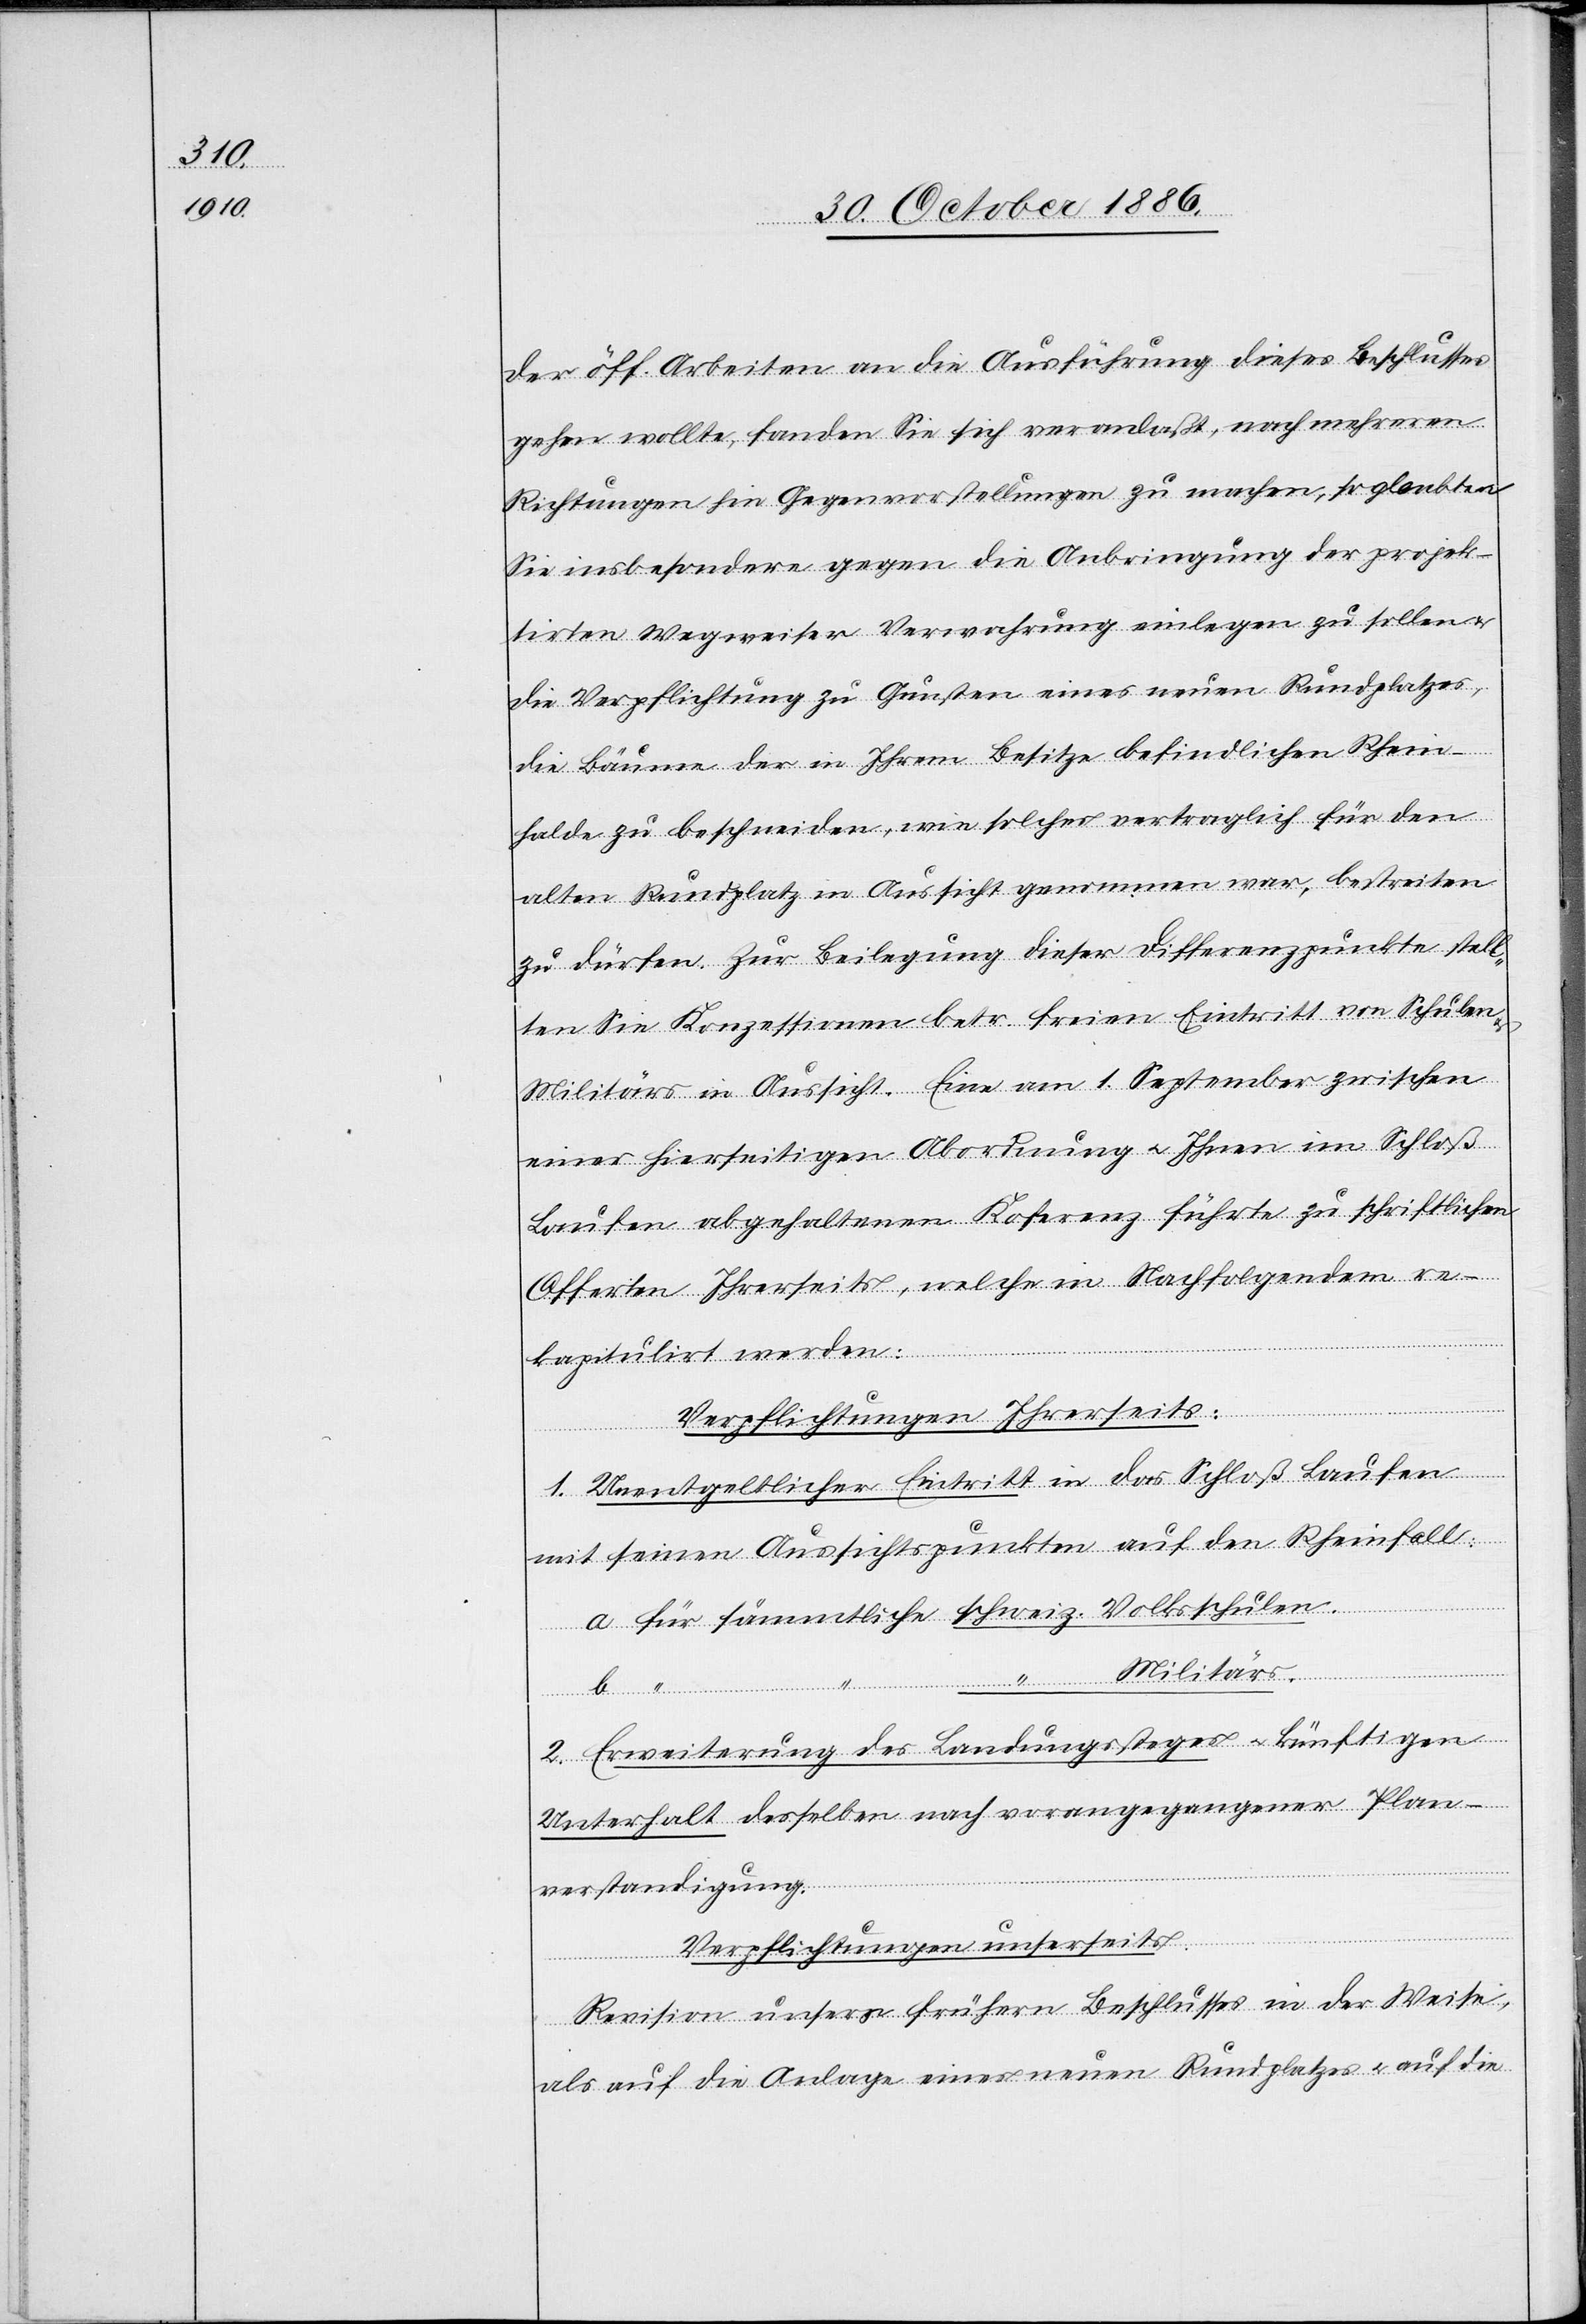
der öff. Arbeiten an die Ausführung dieses Beschlusses
gehen wollte, fanden Sie sich veranlaßt, nach mehreren
Richtungen hin Gegenvorstellungen zu machen, so glaubten
Sie insbesondere gegen die Anbringung der projek¬
tirten Wegweiser Verwahrung einlegen zu sollen &
die Verpflichtung zu Gunsten eines neuen Rundplatzes,
die Bäume der in Ihrem Besitze befindlichen Rhein¬
halde zu beschneiden, wie solches vertraglich für den
alten Rundplatz in Aussicht genommen war, bestreiten
zu dürfen. Zur Beilegung dieser Differenzpunkte stell¬
ten Sie Konzessionen betr. freien Eintritt von Schulen
Militärs in Aussicht. Eine am 1. September zwischen
einer hierseitigen Abordnung & Ihnen im Schloß
Laufen abgehaltenen Ko[n]ferenz führte zu schriftlichen
Offerten Ihrerseits, welche in Nachfolgendem re¬
kapitulirt werden:
Verpflichtungen Ihrerseits:
1. Unentgeltlicher Eintritt in das Schloß Laufen
mit seinen Aussichtspunkten auf den Rheinfall:
a für sämmtliche schweiz. Volksschulen.
b “
“ Militärs.
2. Erweiterung des Landungssteges & künftigen
Unterhalt desselben nach vorangegangener Plan¬
verstandigung
Verpflichtungen unserseits.
Revision unsers frühern Beschlusses in der Weise,
als auf die Anlage eines neuen Rundplatzes & auf die